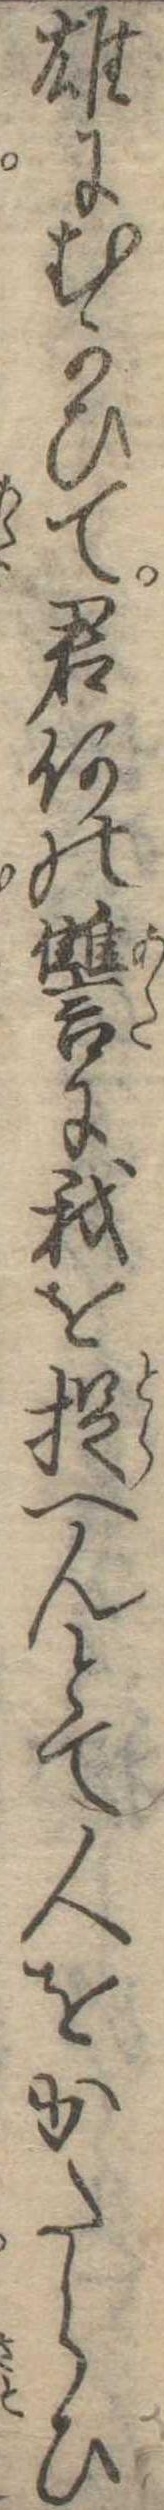
雄にむかひて君何の讐に我を捉へんとて人をかたらひ